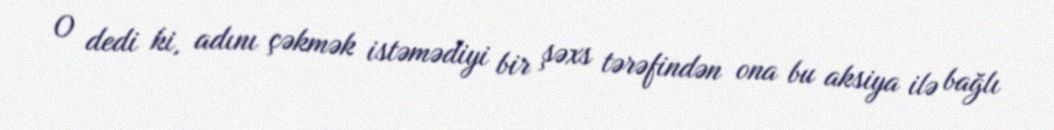
O dedi ki, adını çəkmək istəmədiyi bir şəxs tərəfindən ona bu aksiya ilə bağlı